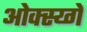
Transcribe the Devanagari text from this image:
ओक्स्य्गें